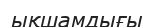
ықшамдығы